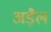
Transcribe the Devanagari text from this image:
अड़ैल